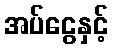
အပ်ငွေနှင့်